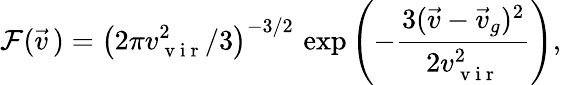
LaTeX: \mathcal{F}(\vec{v}\, )=\left(2\pi v_{\mathrm{~v~i~r~}}^{2}/3\right)^{-3/2}\, \exp\left(-\frac{3(\vec{v}-\vec{v}_{g})^{2}}{2v_{\mathrm{~v~i~r~}}^{2}}\right),